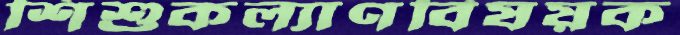
শিশুকল্যাণবিষয়ক